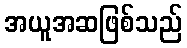
အယူအဆဖြစ်သည်